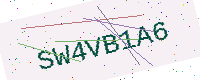
Text: SW4VB1A6